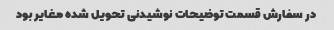
در سفارش قسمت توضیحات نوشیدنی تحویل شده مغایر بود